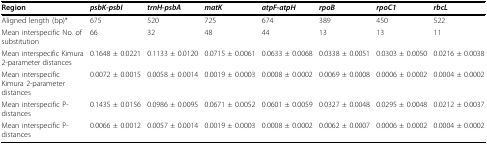
| Region | psbK-psbI | trnH-psbA | matK | atpF-atpH | rpoB | rpoC1 | rbcL |
 | --- | --- | --- | --- | --- | --- | --- | --- |
 | Aligned length (bp)* | 675 | 520 | 725 | 674 | 389 | 450 | 522 |
 | Mean interspecific No. of substitution | 66 | 32 | 48 | 44 | 13 | 13 | 11 |
 | Mean interspecific Kimura 2-parameter distances | 0.1648 ± 0.0221 | 0.1133 ± 0.0120 | 0.0715 ± 0.0061 | 0.0633 ± 0.0068 | 0.0338 ± 0.0051 | 0.0303 ± 0.0050 | 0.0216 ± 0.0038 |
 | Mean interspecific Kimura 2-parameter distances | 0.0072 ± 0.0015 | 0.0058 ± 0.0014 | 0.0019 ± 0.0003 | 0.0008 ± 0.0002 | 0.0069 ± 0.0008 | 0.0006 ± 0.0002 | 0.0004 ± 0.0002 |
 | Mean interspecific P-distances | 0.1435 ± 0.0156 | 0.0986 ± 0.0095 | 0.0671 ± 0.0052 | 0.0601 ± 0.0059 | 0.0327 ± 0.0048 | 0.0295 ± 0.0048 | 0.0212 ± 0.0037 |
 | Mean interspecific P-distances | 0.0066 ± 0.0012 | 0.0057 ± 0.0014 | 0.0019 ± 0.0003 | 0.0008 ± 0.0002 | 0.0062 ± 0.0007 | 0.0006 ± 0.0002 | 0.0004 ± 0.0002 |